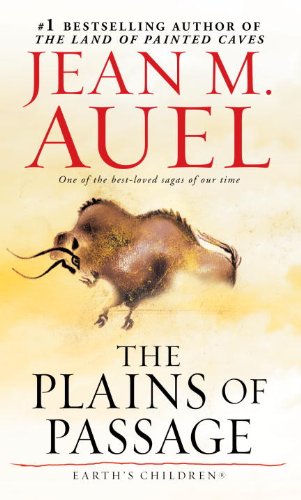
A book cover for The Plains of Passage; Jean M. Auel; Literature & Fiction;